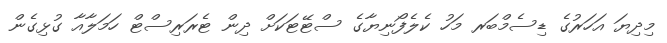
މިދިޔަ އަހަރުގެ ޑިސެމްބަރ މަހު ކެލެފޯނިޔާގެ ސްޓޭޓަކަށް ދިން ޓެރަރިސްޓް ހަމަލާއާ ގުޅިގެން